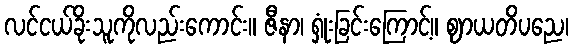
လင်ငယ်ခိုးသူကိုလည်းကောင်း။ ဇီနာ၊ ရှုံးခြင်းကြောင့်။ ဈာယတိပညေ၊